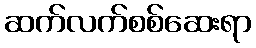
ဆက်လက်စစ်ဆေးရာ